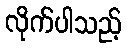
လိုက်ပါသည့်